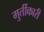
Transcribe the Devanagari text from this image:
मुर्तीकारी